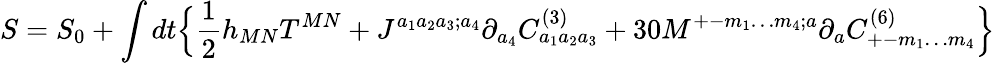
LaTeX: S=S_{0}+\int dt\Big\{ {\frac{1}{2}}h_{MN}T^{MN}+J^{a_{1}a_{2}a_{3};a_{4}}\partial_{a_{4}}C_{a_{1}a_{2}a_{3}}^{(3)}+30M^{+-m_{1}\ldots m_{4};a}\partial_{a}C_{+-m_{1}\ldots m_{4}}^{(6)}\Big\}